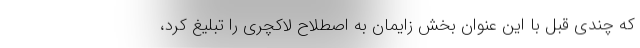
که چندی قبل با این عنوان بخش زایمانِ به اصطلاح لاکچری را تبلیغ کرد،